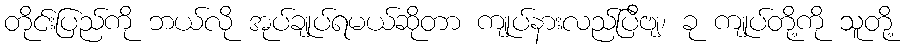
တိုင်းပြည်ကို ဘယ်လို အုပ်ချုပ်ရမယ်ဆိုတာ ကျုပ်နားလည်ပြီဗျ၊ ခု ကျုပ်တို့ကို သူတို့